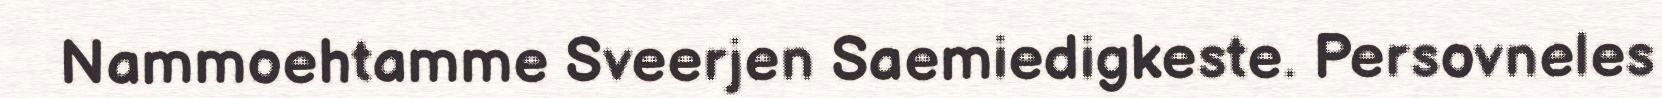
Nammoehtamme Sveerjen Saemiedigkeste. Persovneles